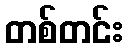
တစ်တင်း